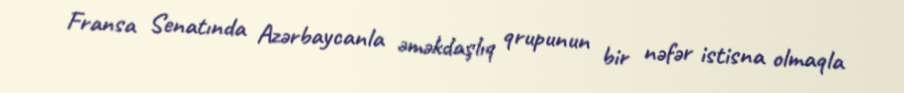
Fransa Senatında Azərbaycanla əməkdaşlıq qrupunun bir nəfər istisna olmaqla